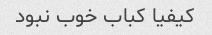
کیفیا کباب خوب نبود